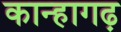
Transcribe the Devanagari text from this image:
कान्हागढ़